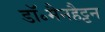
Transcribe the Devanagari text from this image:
डॉ॰मैनहैट्टन